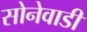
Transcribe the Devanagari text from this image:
सोनेवाडी